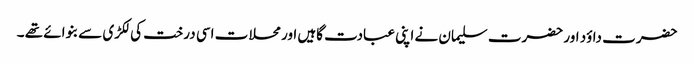
حضرت داؤد اور حضرت سلیمان نے اپنی عبادت گاہیں اور محلات اسی درخت کی لکڑی سے بنوائے تھے ۔